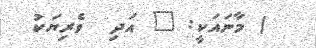
) މާނައަކީ: " އަދި  ވެރިޔަކު